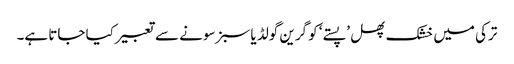
ترکی میں خشک پھل ’پستے‘ کو گرین گولڈ یا سبز سونے سے تعبیر کیا جاتا ہے۔